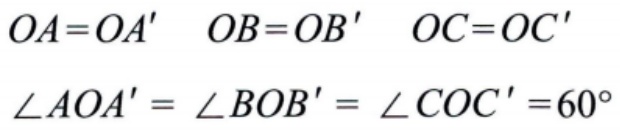
\[
\begin{align*}
OA&=OA' \quad OB = OB' \quad OC=OC'\\
\angle AOA'&=\angle BOB'=\angle COC' = 60^{\circ}
\end{align*}
\]